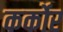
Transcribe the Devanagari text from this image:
कर्कोर